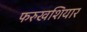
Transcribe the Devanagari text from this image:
फरुखशियार